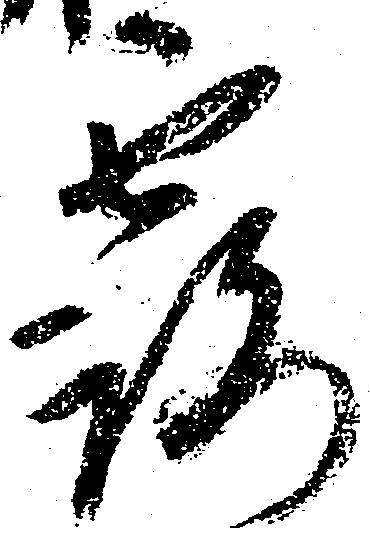
露